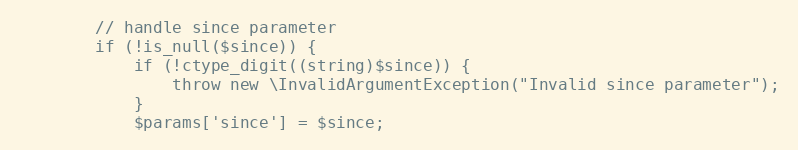
Language: PHP
        // handle since parameter
        if (!is_null($since)) {
            if (!ctype_digit((string)$since)) {
                throw new \InvalidArgumentException("Invalid since parameter");
            }
            $params['since'] = $since;